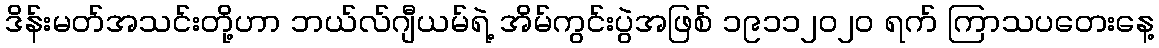
ဒိန်းမတ်အသင်းတို့ဟာ ဘယ်လ်ဂျီယမ်ရဲ့ အိမ်ကွင်းပွဲအဖြစ် ၁၉၁၁၂၀၂၀ ရက် ကြာသပတေးနေ့